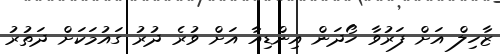
ޒާހިލް އަށް ފަރުވާ ހޯދަން އިންޑިއާ އަށް ވުރެ ދުރު ގައުމަކަށް ދަތުރު